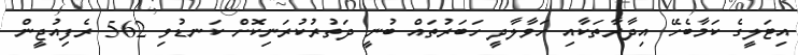
އިޓަލީގެ ކަމާބެހޭ އިދާރާތަކާއި ހަވާލާދީ ހަބަރުތައް ބުނީ ދަތުރުކުރަނިކޮށް ކަނޑުވި 562 ރެފިއުޖީން